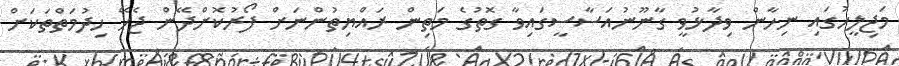
މަޖިލީހުގައި ނިހާން ވިދާޅުވީ ގާނޫނުއަސާސީގައިވާ ގޮތުގެ މަތިން ރައްޔިތުންނަށް ފޯރުކޮށްދޭން ޖެހޭ ހިދުމަތްތަކަށް